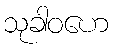
သုခါဝဟေ